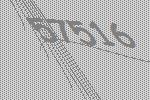
57516